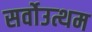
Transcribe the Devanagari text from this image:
सर्वोउत्थम